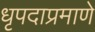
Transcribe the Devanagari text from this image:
धृपदाप्रमाणे